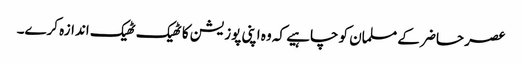
عصر حاضر کے مسلمان کو چاہیے کہ وہ اپنی پوزیشن کا ٹھیک ٹھیک اندازہ کرے۔